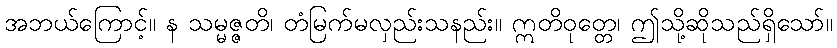
အဘယ်ကြောင့်။ န သမ္မဇ္ဇတိ၊ တံမြက်မလှည်းသနည်း။ ဣတိဝုတ္တေ၊ ဤသို့ဆိုသည်ရှိသော်။